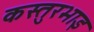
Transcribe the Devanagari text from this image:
कस्तुरभाइ